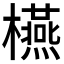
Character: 𣟛